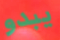
يبدو